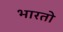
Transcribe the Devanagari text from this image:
भारताे